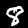
Label: 8